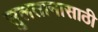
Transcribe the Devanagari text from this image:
सुलतानासाठी